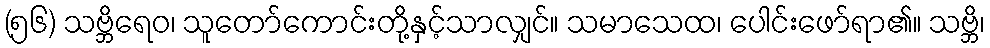
(၅၆) သဗ္ဘိရေဝ၊ သူတော်ကောင်းတို့နှင့်သာလျှင်။ သမာသေထ၊ ပေါင်းဖော်ရာ၏။ သဗ္ဘိ၊